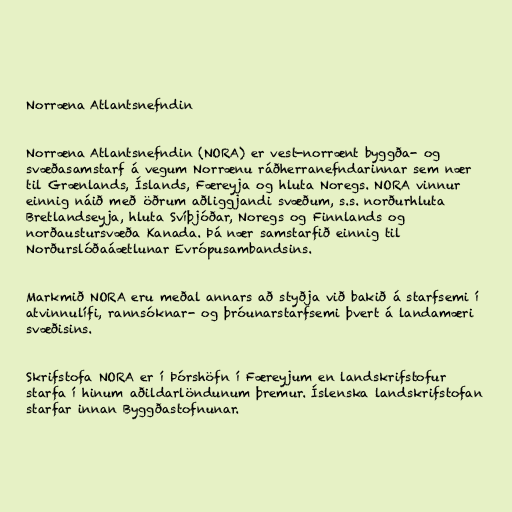
Norræna Atlantsnefndin

Norræna Atlantsnefndin (NORA) er vest-norrænt byggða- og
svæðasamstarf á vegum Norrænu ráðherranefndarinnar sem nær
til Grænlands, Íslands, Færeyja og hluta Noregs. NORA vinnur
einnig náið með öðrum aðliggjandi svæðum, s.s. norðurhluta
Bretlandseyja, hluta Svíþjóðar, Noregs og Finnlands og
norðaustursvæða Kanada. Þá nær samstarfið einnig til
Norðurslóðaáætlunar Evrópusambandsins.

Markmið NORA eru meðal annars að styðja við bakið á starfsemi í
atvinnulífi, rannsóknar- og þróunarstarfsemi þvert á landamæri
svæðisins.

Skrifstofa NORA er í Þórshöfn í Færeyjum en landskrifstofur
starfa í hinum aðildarlöndunum þremur. Íslenska landskrifstofan
starfar innan Byggðastofnunar.